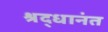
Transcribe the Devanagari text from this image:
श्रद्धानंत